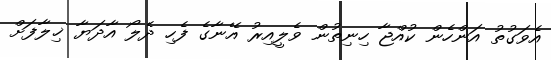
އެވަގުތު އަންހެން ކުއްޖާ ހިނިތުން ވެލީއިރު އޭނާގެ ފެހި ދެލޯ އާދަޔާ ޚިލާފަށް